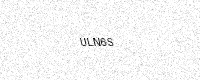
Text: ULN6S